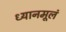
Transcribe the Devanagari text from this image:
ध्यानमूलं